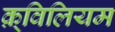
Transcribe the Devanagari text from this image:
क़्विलियम